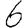
Digit: 6